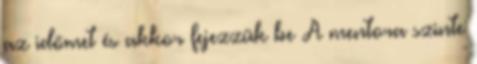
az időmet és akkor fejezzük be A mentora szinte